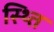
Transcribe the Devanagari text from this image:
स्थ्‍ति